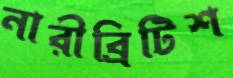
নারীব্রিটিশ